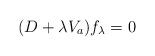
LaTeX: \begin{align*} (D + \lambda V_a)f_\lambda = 0 \end{align*}